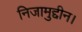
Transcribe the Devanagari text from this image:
निजामुद्दीन।